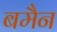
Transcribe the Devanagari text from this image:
बमैन